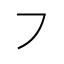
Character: ㇇